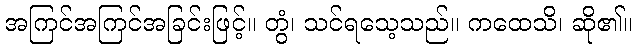
အကြင်အကြင်အခြင်းဖြင့်။ တွံ၊ သင်ရသေ့သည်။ ကထေသိ၊ ဆို၏။